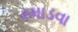
રમાડવા